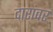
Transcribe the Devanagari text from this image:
दारांवर